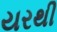
યરથી